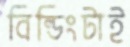
বিল্ডিংটাই